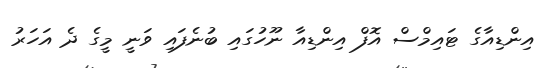
އިންޑިއާގެ ޓައިމްސް އޮފް އިންޑިއާ ނޫހުގައި ބުނެފައި ވަނީ މީގެ ދެ އަހަރު